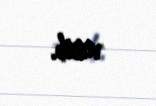
verib.